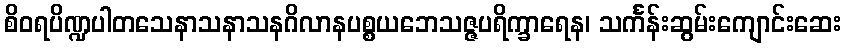
စိဝရပိဏ္ဍပါတသေနာသနာသနဂိလာနပစ္စယဘေသဇ္ဇပရိက္ခာရေန၊ သင်္ကန်းဆွမ်းကျောင်းဆေး